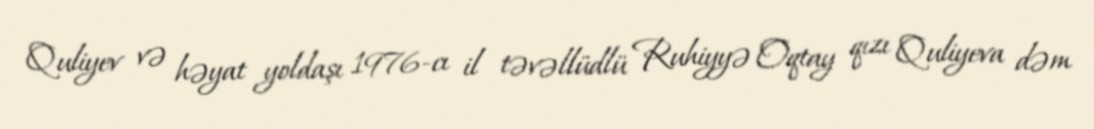
Quliyev və həyat yoldaşı 1976-cı il təvəllüdlü Ruhiyyə Oqtay qızı Quliyeva dəm